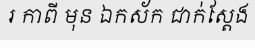
រ កាពី មុន ឯកស័ក ជាក់ស្តែង